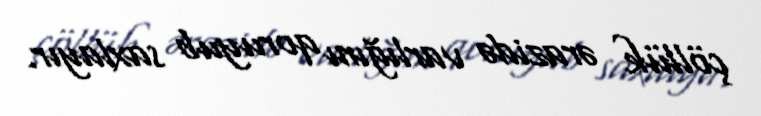
çöllük ərazidə varlığını qoruyub saxlayır.